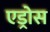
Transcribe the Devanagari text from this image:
एड्रोस